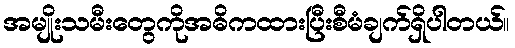
အမျိုးသမီးတွေကိုအဓိကထားပြီးစီမံချက်ရှိပါတယ်။